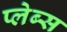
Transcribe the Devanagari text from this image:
प्लेब्स